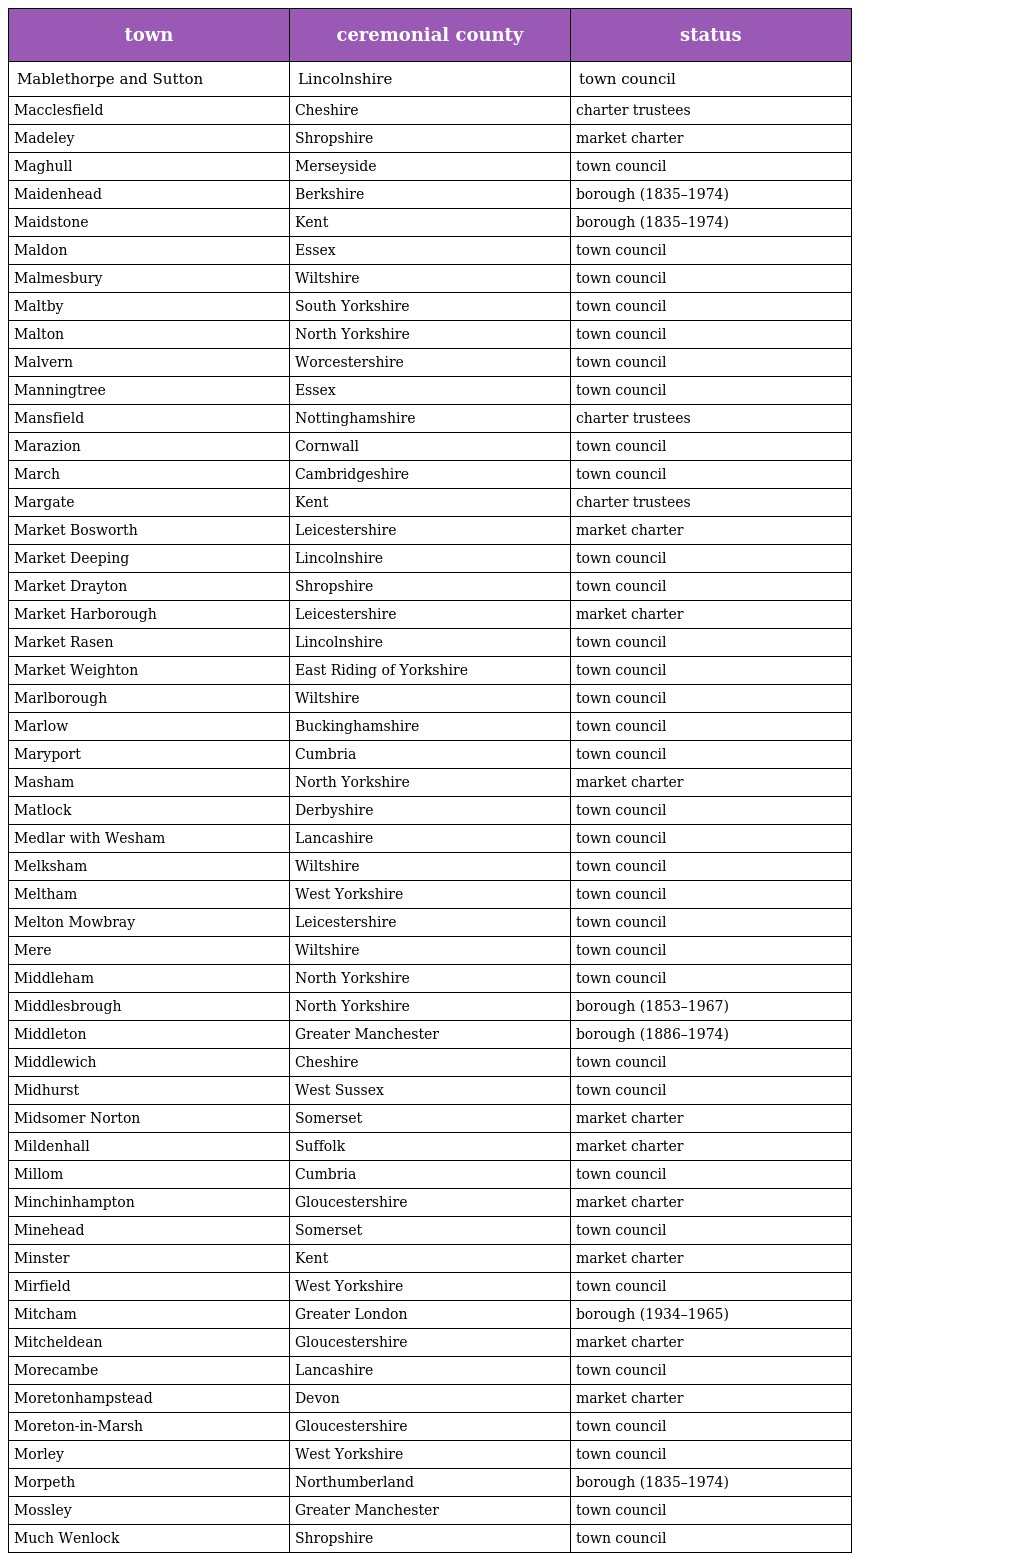
| town | ceremonial county | status |
 | --- | --- | --- |
 | Mablethorpe and Sutton | Lincolnshire | town council |
 | Macclesfield | Cheshire | charter trustees |
 | Madeley | Shropshire | market charter |
 | Maghull | Merseyside | town council |
 | Maidenhead | Berkshire | borough (1835–1974) |
 | Maidstone | Kent | borough (1835–1974) |
 | Maldon | Essex | town council |
 | Malmesbury | Wiltshire | town council |
 | Maltby | South Yorkshire | town council |
 | Malton | North Yorkshire | town council |
 | Malvern | Worcestershire | town council |
 | Manningtree | Essex | town council |
 | Mansfield | Nottinghamshire | charter trustees |
 | Marazion | Cornwall | town council |
 | March | Cambridgeshire | town council |
 | Margate | Kent | charter trustees |
 | Market Bosworth | Leicestershire | market charter |
 | Market Deeping | Lincolnshire | town council |
 | Market Drayton | Shropshire | town council |
 | Market Harborough | Leicestershire | market charter |
 | Market Rasen | Lincolnshire | town council |
 | Market Weighton | East Riding of Yorkshire | town council |
 | Marlborough | Wiltshire | town council |
 | Marlow | Buckinghamshire | town council |
 | Maryport | Cumbria | town council |
 | Masham | North Yorkshire | market charter |
 | Matlock | Derbyshire | town council |
 | Medlar with Wesham | Lancashire | town council |
 | Melksham | Wiltshire | town council |
 | Meltham | West Yorkshire | town council |
 | Melton Mowbray | Leicestershire | town council |
 | Mere | Wiltshire | town council |
 | Middleham | North Yorkshire | town council |
 | Middlesbrough | North Yorkshire | borough (1853–1967) |
 | Middleton | Greater Manchester | borough (1886–1974) |
 | Middlewich | Cheshire | town council |
 | Midhurst | West Sussex | town council |
 | Midsomer Norton | Somerset | market charter |
 | Mildenhall | Suffolk | market charter |
 | Millom | Cumbria | town council |
 | Minchinhampton | Gloucestershire | market charter |
 | Minehead | Somerset | town council |
 | Minster | Kent | market charter |
 | Mirfield | West Yorkshire | town council |
 | Mitcham | Greater London | borough (1934–1965) |
 | Mitcheldean | Gloucestershire | market charter |
 | Morecambe | Lancashire | town council |
 | Moretonhampstead | Devon | market charter |
 | Moreton-in-Marsh | Gloucestershire | town council |
 | Morley | West Yorkshire | town council |
 | Morpeth | Northumberland | borough (1835–1974) |
 | Mossley | Greater Manchester | town council |
 | Much Wenlock | Shropshire | town council |